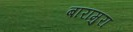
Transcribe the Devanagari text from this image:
बारामुरा